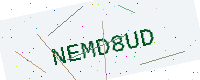
Text: NEMD8UD